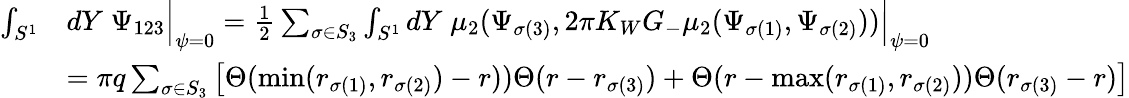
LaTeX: \begin{array}{rl}{\int_{S^{1}}}&{dY\; \Psi_{123}\Big|_{\psi=0}=\frac 12\sum_{\sigma\in S_{3}}\int_{S^{1}}dY\; \mu_{2}(\Psi_{\sigma(3)},2\pi K_{W}G_{-}\mu_{2}(\Psi_{\sigma(1)},\Psi_{\sigma(2)}))\Big|_{\psi=0}}\\ &{=\pi q\sum_{\sigma\in S_{3}}\left[\Theta(\operatorname*{min}(r_{\sigma(1)},r_{\sigma(2)})-r))\Theta(r-r_{\sigma(3)})+\Theta(r-\operatorname*{max}(r_{\sigma(1)},r_{\sigma(2)}))\Theta(r_{\sigma(3)}-r)\right]}\end{array}